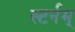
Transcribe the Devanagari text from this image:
स्टर्नम्‌